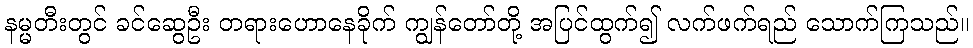
နမ္မတီးတွင် ခင်ဆွေဦး တရားဟောနေခိုက် ကျွန်တော်တို့ အပြင်ထွက်၍ လက်ဖက်ရည် သောက်ကြသည်။